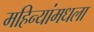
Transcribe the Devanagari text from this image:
महिन्यांमधला